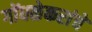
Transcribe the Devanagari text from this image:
गोंधळेकरांचे